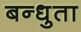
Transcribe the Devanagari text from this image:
बन्धुता